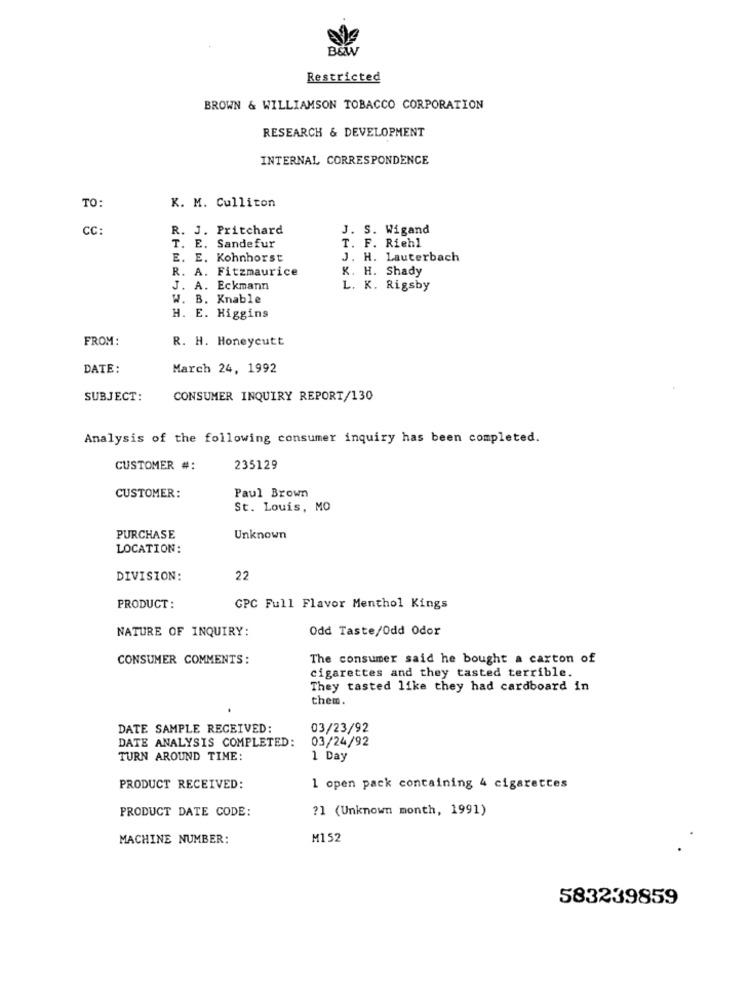
B&WW
Restricted
BROWN & WILLIAMSON TOBACCO CORPORATION
RESEARCH & DEVELOPMENT
INTERNAL CORRESPONDENCE
TO:
K. M. Culliton
CC:
R. J. Pritchard
J. S. Wigand
T. E. Sandefur
T. F. Riehl
E. E. Kohnhorst
J. H. Lauterbach
R. A. Fitzmaurice
K. H. Shady
J. A. Eckmann
L. K. Rigsby
W. B. Knable
H. E. Higgins
FROM:
R. H. Honeycutt
DATE:
March 24, 1992
SUBJECT:
CONSUMER INQUIRY REPORT/130
Analysis of the following consumer inquiry has been completed.
CUSTOMER #:
235129
CUSTOMER:
Paul Brown
St. Louis, MO
PURCHASE
Unknown
LOCATION:
DIVISION:
22
PRODUCT:
GPC Full Flavor Menthol Kings
Odd Taste/Odd Odor
NATURE OF INQUIRY:
CONSUMER COMMENTS:
The consumer said he bought a carton of
cigarettes and they tasted terrible.
They tasted like they had cardboard in
them.
DATE SAMPLE RECEIVED:
03/23/92
DATE ANALYSIS COMPLETED:
03/24/92
TURN AROUND TIME:
1 Day
PRODUCT RECEIVED:
1 open pack containing 4 cigarettes
PRODUCT DATE CODE:
?1 (Unknown month, 1991)
MACHINE NUMBER:
M152
583239859